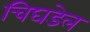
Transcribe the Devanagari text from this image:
चिघडेल